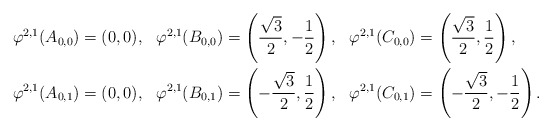
\begin{align*}\varphi^{2,1}(A_{0,0})&= (0,0), & \varphi^{2,1}(B_{0,0})&= \left(\frac{\sqrt{3}}{2}, -\frac{1}{2}\right),& \varphi^{2,1}(C_{0,0})&= \left(\frac{\sqrt{3}}{2}, \frac{1}{2}\right), \\\varphi^{2,1}(A_{0,1})&= (0,0), & \varphi^{2,1}(B_{0,1})&= \left(-\frac{\sqrt{3}}{2}, \frac{1}{2}\right), & \varphi^{2,1}(C_{0,1})&= \left(-\frac{\sqrt{3}}{2}, -\frac{1}{2}\right).\end{align*}